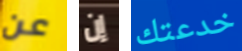
عن إن خدعتك